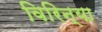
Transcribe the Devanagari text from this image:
विरिन्या